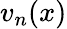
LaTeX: v_{n}(x)